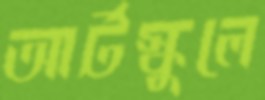
আর্টস্কুলে